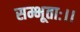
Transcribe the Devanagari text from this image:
सम्भूताः।।